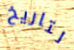
لتاريخ